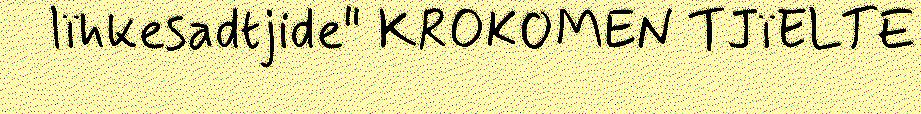
lïhkesadtjide" KROKOMEN TJïELTE